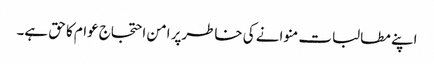
اپنے مطالبات منوانے کی خاطرپر امن احتجاج عوام کا حق ہے۔